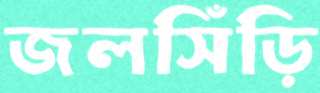
জলসিঁড়ি